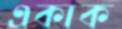
একাক